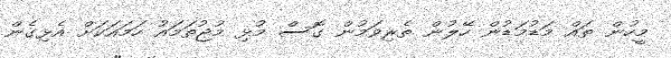
މީހުން ތައް މަޑުމަޑުން ހޭލުން ތެރިވަމުން ގޮސް މުޅި މުޖުތަމައު ހަމައަކަށް އެޅިގެން